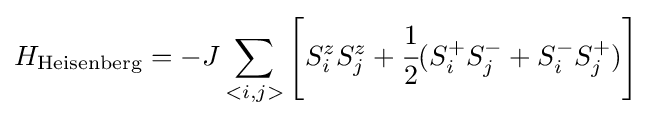
H_{\mathrm {Heisenberg} }=-J\sum _{<i,j>}\left[S_{i}^{z}S_{j}^{z}+{\cfrac {1}{2}}(S_{i}^{+}S_{j}^{-}+S_{i}^{-}S_{j}^{+})\right]